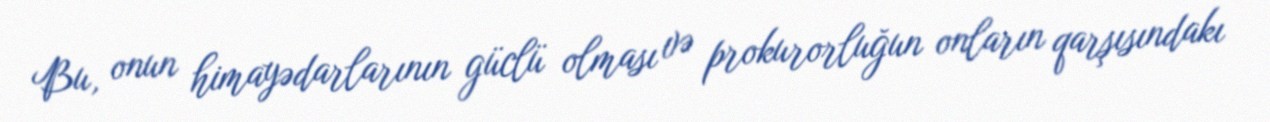
Bu, onun himayədarlarının güclü olması və prokurorluğun onların qarşısındakı